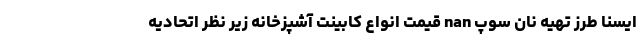
ایسنا طرز تهیه نان سوپ nan قیمت انواع کابینت آشپزخانه زیر نظر اتحادیه